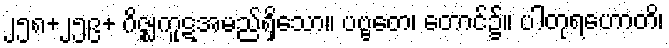
၂၅၈+၂၅၉+ ဂိဇ္ဈကူဋအမည်ရှိသော။ ပဗ္ဗတေ၊ တောင်၌။ ပါတုရဟောတိ၊